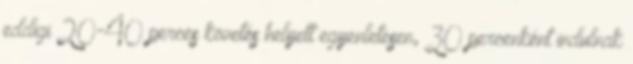
eddigi 20-40 perces követés helyett egyenletesen, 30 percenként indulnak